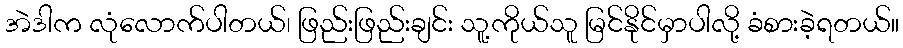
အဲဒါက လုံလောက်ပါတယ်၊ ဖြည်းဖြည်းချင်း သူ့ကိုယ်သူ မြင်နိုင်မှာပါလို့ ခံစားခဲ့ရတယ်။